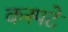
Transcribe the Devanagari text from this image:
कस्पटे